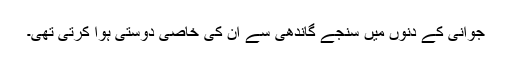
جوانی کے دنوں میں سنجے گاندھی سے ان کی خاصی دوستی ہوا کرتی تھی۔